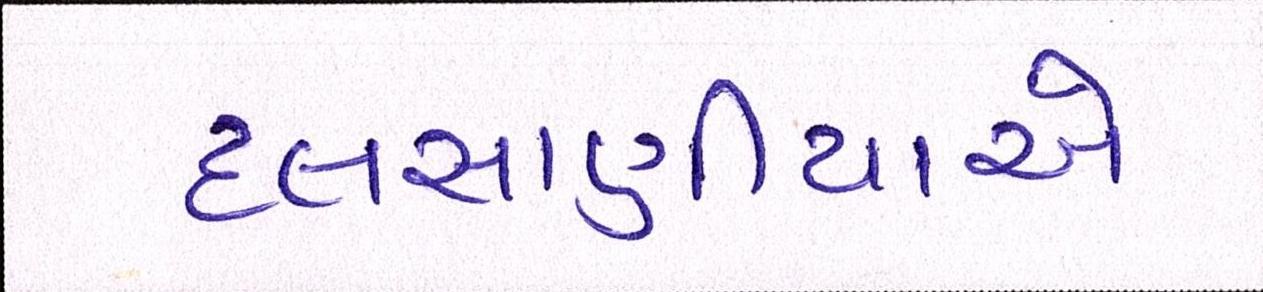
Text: દલસાણીયાએ